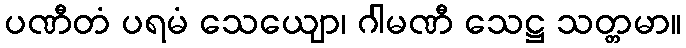
ပဏီတံ ပရမံ သေယျော၊ ဂါမဏီ သေဋ္ဌ သတ္တမာ။